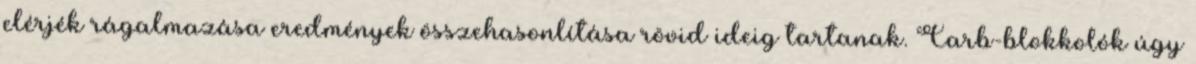
elérjék rágalmazása eredmények összehasonlítása rövid ideig tartanak. Carb-blokkolók úgy